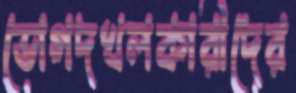
ভোগদখলকারীদের